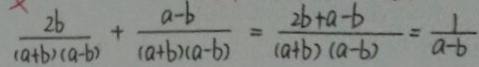
\frac { 2 b } { ( a + b ) ( a - b ) } + \frac { a - b } { ( a + b ) ( a - b ) } = \frac { 2 b + a - b } { ( a + b ) ( a - b ) } = \frac { 1 } { a - b }